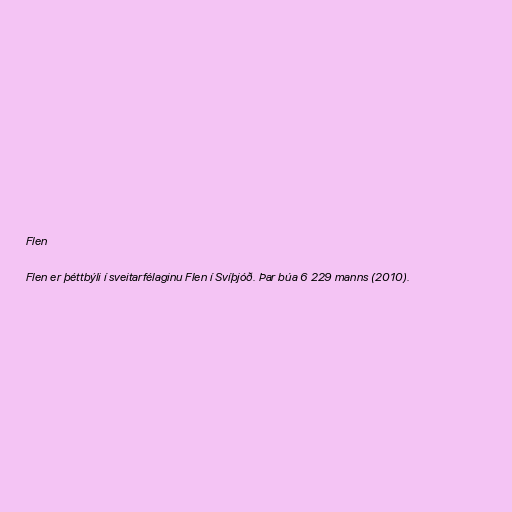
Flen

Flen er þéttbýli í sveitarfélaginu Flen í Svíþjóð. Þar búa 6 229 manns (2010).